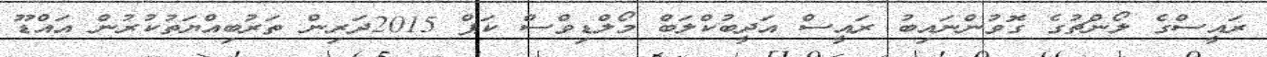
ރައީސްގެ ލޯންޗުގެ ގޮވުންނައިބު ރައީސް އަދީބުކްލަބް މޯލްޑިވްސް ކަޕް 2015ދަރިން ތަރުބިއްޔަތުކުރުން އައްޑޫ